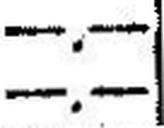
—.—